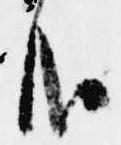
哉